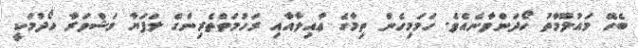
ބެހޭ މައުލޫމާތު ހޯދަންވާނެއެވެ. ހަމަމިހެން ތިމާގެ ޢާއިލާއާއި ރަހުމަތްތެރިންގެ ލަފަޔާ މަޝްވަރާ ހޯދުމަކީ